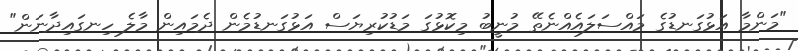
"މަންމާ އަޅުގަނޑުގެ މައްސަލައެއްނެތޭ މުނީބު މިކޮޅުގަ މަޑުކުރިޔަސް އަޅުގަނޑުމެން ދެމައިން މާލެ ހިނގައިދާނަން"